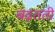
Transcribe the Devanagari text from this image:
बढ़तती